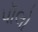
પૉલો